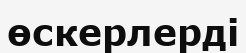
өскерлерді